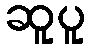
ဆူပူ